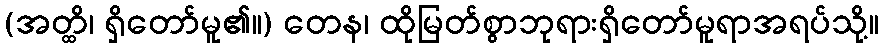
(အတ္ထိ၊ ရှိတော်မူ၏။) တေန၊ ထိုမြတ်စွာဘုရားရှိတော်မူရာအရပ်သို့။